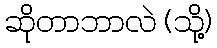
ဆိုတာဘာလဲ (သို့)